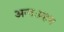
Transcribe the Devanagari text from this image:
अन्तःग्रहण